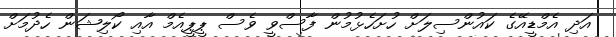
އަދި އެމްޑީއޭގެ ކައުންސިލަށް ހުށަހެޅުމުން ފާސްވީ ވެސް ޕީޕީއެމް އާއި ކޯލިޝަން ހެދުމަށް